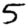
Digit: 5